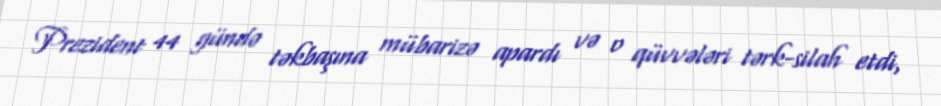
Prezident 44 gündə təkbaşına mübarizə apardı və o qüvvələri tərk-silah etdi,